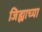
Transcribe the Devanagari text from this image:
जिह्याच्या